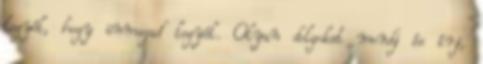
legyél, hogy önmagad legyél. Olyan dolgokat mondj és írj,